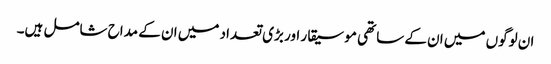
ان لوگوں میں ان کے ساتھی موسیقار اور بڑی تعداد میں ان کے مداح شامل ہیں۔